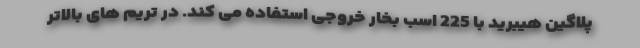
پلاگین هیبرید با 225 اسب بخار خروجی استفاده می کند. در تریم های بالاتر